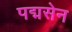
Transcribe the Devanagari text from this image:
पद्मसेन